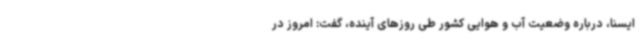
ایسنا، درباره وضعیت آب و هوایی کشور طی روزهای آینده، گفت: امروز در